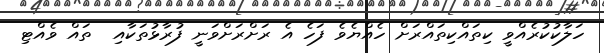
ހަލާކުކުރެއްވީ ކިތައްކިތައްރަށް ހެއްޔެވެ ފަހެ އެ ރަށްރަށްވަނީ ފުރާޅުތަކާއި  ތައް ވެއްޓި